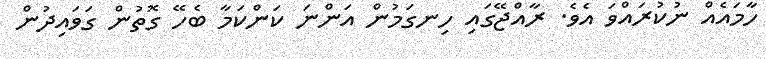
ހާމައެއް ނުކުރައްވަ އެވެ. ރާއްޖޭގައި ހިނގަމުން އަންނަ ކަންކަމާ ބެހޭ ގޮތުން ގަވައިދުން